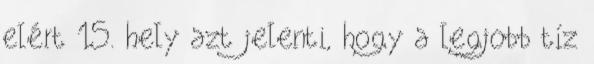
elért 15. hely azt jelenti, hogy a legjobb tíz